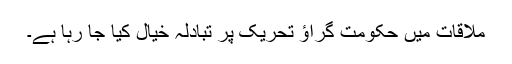
ملاقات میں حکومت گراؤ تحریک پر تبادلہ خیال کیا جا رہا ہے۔